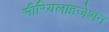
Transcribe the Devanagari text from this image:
सीरियलाइजेशन